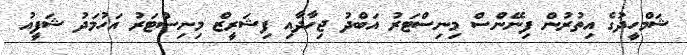
ޝަމްހީދުގެ އިތުރުން ފިނޭންސް މިނިސްޓަރު އަބްދު ޖިހާދާއި ފިޝަރީޒް މިނިސްޓަރު އަހުމަދު ޝަފީއު